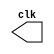
module clock(clk);
	output clk;
	reg clk;
	
	initial begin
		clk = 1'b1;
	end
	always
		begin
			#5 clk = ~clk;
		end
endmodule //clock